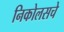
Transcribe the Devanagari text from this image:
निकोलसचे